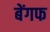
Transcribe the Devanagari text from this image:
बेंगफ